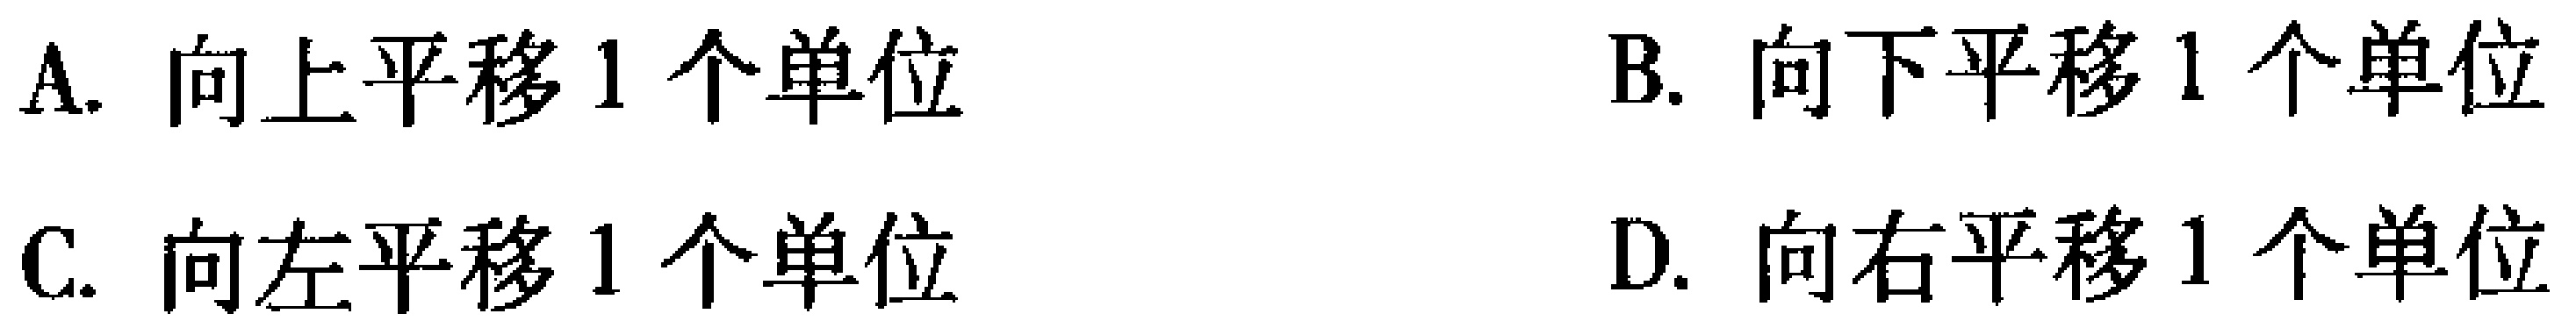
A. 向上平移1个单位

B. 向下平移1个单位

C. 向左平移1个单位

D. 向右平移1个单位